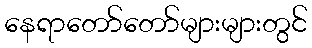
နေရာတော်တော်များများတွင်